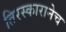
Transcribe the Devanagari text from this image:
तिरस्कारानेच